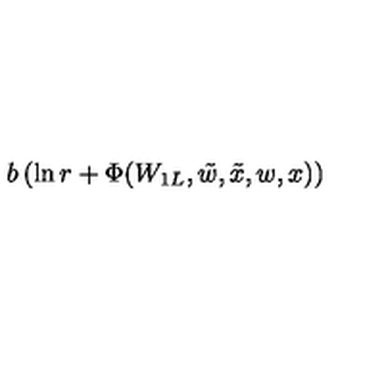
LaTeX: b \left( \ln r + \Phi ( W _ { 1 L } , \tilde { w } , \tilde { x } , w , x ) \right)